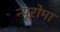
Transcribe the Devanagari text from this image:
न्यूरोमा